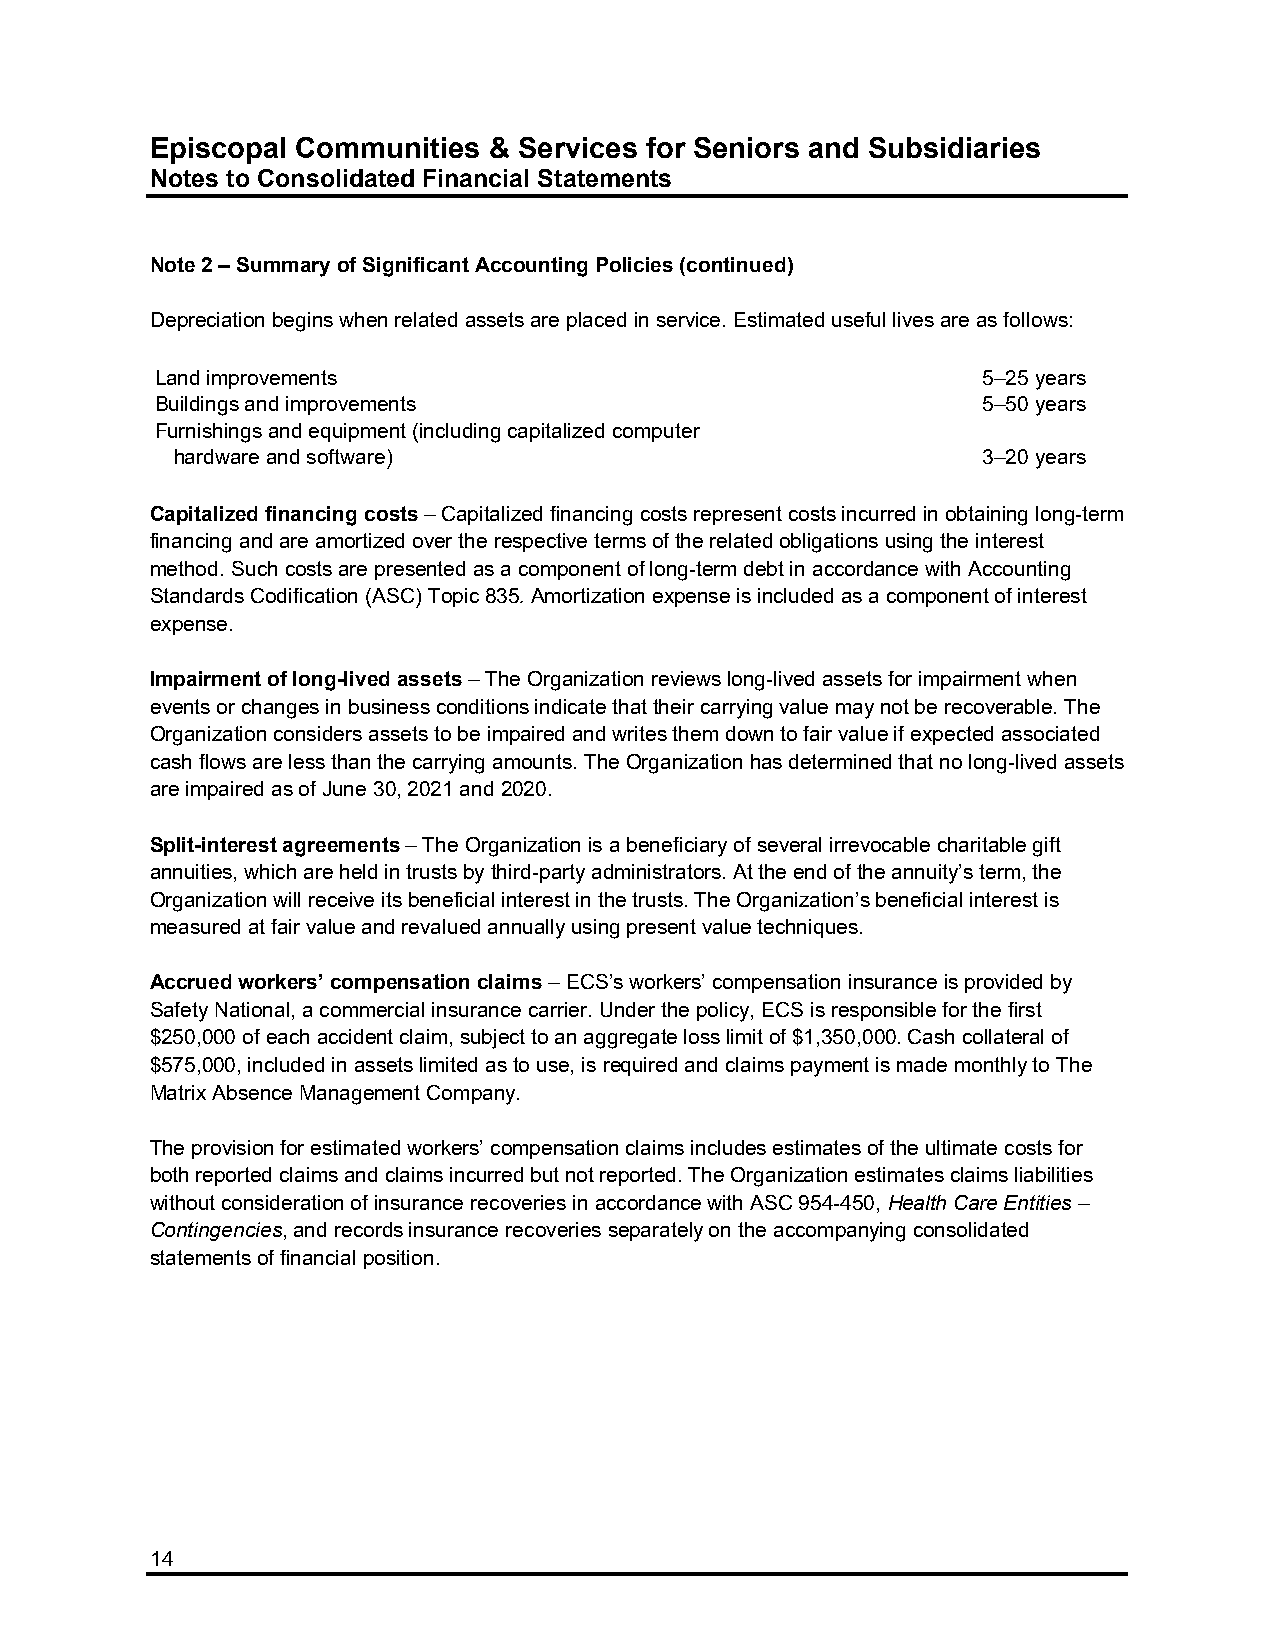
Episcopal Communities & Services for Seniors and Subsidiaries
 Notes to Consolidated Financial Statements
 Note 2 – Summary of Significant Accounting Policies (continued)
 Depreciation begins when related assets are placed in service. Estimated useful lives are as follows:
 Land improvements                                      5–25 years
 Buildings and improvements                             5–50 years
 Furnishings and equipment (including capitalized computer
 hardware and software)                               3–20 years
 Capitalized financing costs – Capitalized financing costs represent costs incurred in obtaining long-term
 financing and are amortized over the respective terms of the related obligations using the interest
 method. Such costs are presented as a component of long-term debt in accordance with Accounting
 Standards Codification (ASC) Topic 835. Amortization expense is included as a component of interest
 expense.
 Impairment of long-lived assets – The Organization reviews long-lived assets for impairment when
 events or changes in business conditions indicate that their carrying value may not be recoverable. The
 Organization considers assets to be impaired and writes them down to fair value if expected associated
 cash flows are less than the carrying amounts. The Organization has determined that no long-lived assets
 are impaired as of June 30, 2021 and 2020.
 Split-interest agreements – The Organization is a beneficiary of several irrevocable charitable gift
 annuities, which are held in trusts by third-party administrators. At the end of the annuity’s term, the
 Organization will receive its beneficial interest in the trusts. The Organization’s beneficial interest is
 measured at fair value and revalued annually using present value techniques.
 Accrued workers’ compensation claims – ECS’s workers’ compensation insurance is provided by
 Safety National, a commercial insurance carrier. Under the policy, ECS is responsible for the first
 $250,000 of each accident claim, subject to an aggregate loss limit of $1,350,000. Cash collateral of
 $575,000, included in assets limited as to use, is required and claims payment is made monthly to The
 Matrix Absence Management Company.
 The provision for estimated workers’ compensation claims includes estimates of the ultimate costs for
 both reported claims and claims incurred but not reported. The Organization estimates claims liabilities
 without consideration of insurance recoveries in accordance with ASC 954-450, Health Care Entities –
 Contingencies, and records insurance recoveries separately on the accompanying consolidated
 statements of financial position.
 14